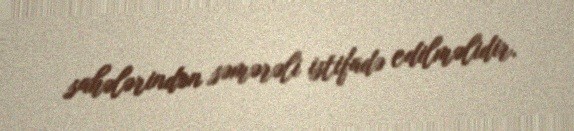
sahələrindən səmərəli istifadə edilməlidir.